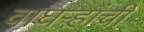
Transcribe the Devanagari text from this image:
वाघऱ्‍हांची